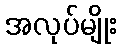
အလုပ်မျိုး